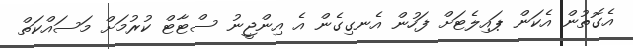
އެގޮތުން އެކަން ޕައިލެޓަށް ފަހުން އެނގިގެން އެ އިންޖީނު ސްޓާޓް ކުރުމަށް މަސައްކަތް